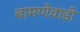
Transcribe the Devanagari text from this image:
बामणेवाडी